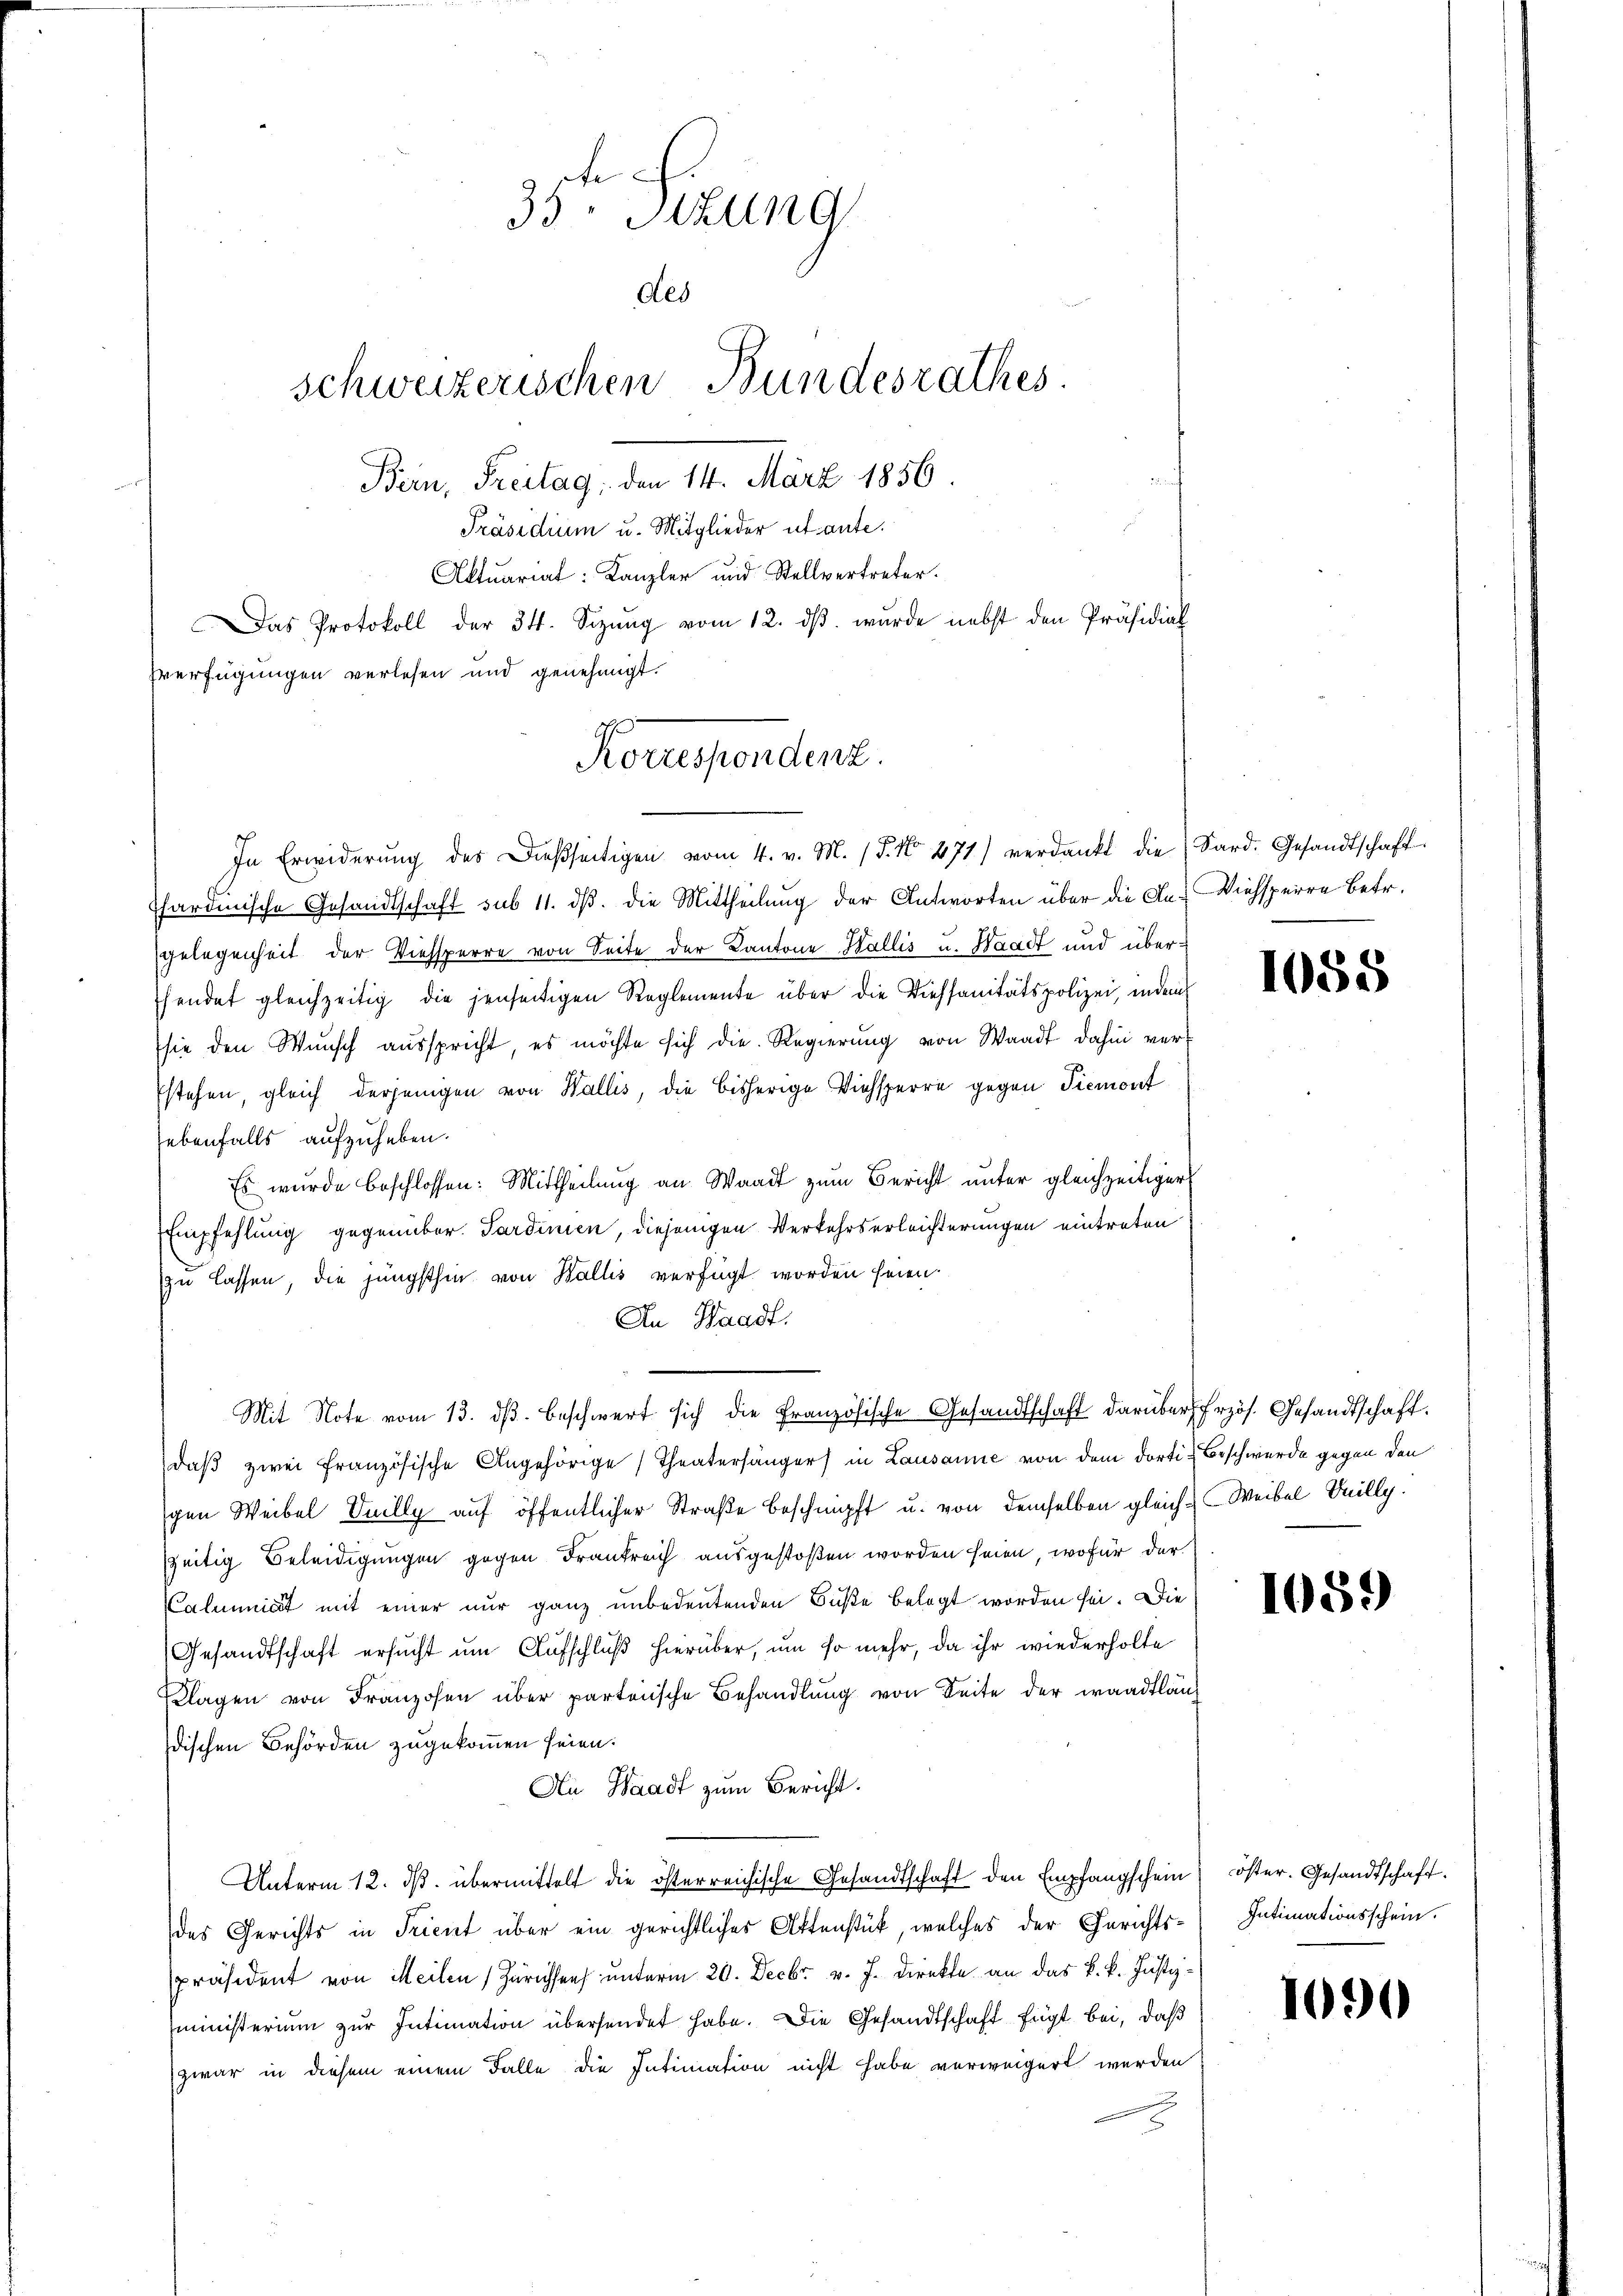
35 Sizung
des
schweizerischen Bundesrathes.
Bein, Freitag, den 14. März 1856.
Präsidium u. Mitglieder ut ante.
Aktuariat: Kanzler und Stellvertreter.
Das Protokoll der 34. Sizŭng vom 12. dβ. wurde nebst den Präsidial
Everfügungen verlesen und genehmigt.

Korrespondert.

In Erwiderŭng des dießseitigen vom 4. v. M. (§. No. 471) verdankt die Sard. Gesandtschaft
ffardinische Gesandtschaft sub 11. ds. die Mittheilung der Antworten über die An- Viehsperre betr.
gelegenheit der Viehsperre von Seite der Kantone Wallis u. Waadt und überhendet gleichzeitig die jenseitigen Reglemente über die Diessanitätspolizei, indem
sie den Wunsch ausspricht, es möchte sich die Regierung von Waadt dahin verstehen, gleich derjenigen von Wallis, die bisherige Viehsperre gegen Tiemont
ebenfalls aufzuheben.
Es wŭrde beschlossen: Mittheilŭng an Waadt zŭm Bericht ŭnter gleichzeitiger
Empfehlung gegenüber. Sardinien, diejenigen Verkehrserleichterungen eintreten
zu lassen, die jüngsthin von Wallis verfügt worden seien.
An Waadt.
daß zwei Französische Angehörige Theatersänger) in Lausanne von dem dorti-Beschwerde gegen den
gen Weibel Inilly auf öffentlicher Straße beschnüpft u. von demselben gleich-Weibel Seilly.
szeitig Beleidigungen gegen Frankreich ausgestoßen worden seien, wofür der
Caliuiat mit einer nur ganz unbedeutenden Buße belegt worden sei. Die
Gesandtschaft ersucht um Aufschluß hierüber, um so mehr, da ihr wiederholte
Klagen von Franzosen über parteiische Behandlung von Seite der waadtläng
dischen Behörden zugekommen seien.
An Waadt zum Bericht.
Unterm 12. ds. übermittelt die österreichische Gesandtschaft den Empfangschein
des Gerichts in Trient über ein gerichtliches Aktenstück, welches der Gerichtspräsident von Meilen Zürichsen unterm 20. Decbr. v. J. direkte an das k. k. Justiz-
ministerium zur Intimation übersendet habe. Die Gesandtschaft fügt bei, daß
zwar in diesem einem Falle die Intimation nicht habe verweigert werden

Mit Note vom 13. dβ beschwert sich die Französische Gesandtschaft darüber frzös. Gesandtschaft.

1058

1059

öster. Gesandtschaft.
Intimationsschein.

1090